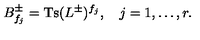
B _ { f _ { j } } ^ { \pm } = \mathrm { T s } ( L ^ { \pm } ) ^ { f _ { j } } , \quad j = 1 , \ldots , r .